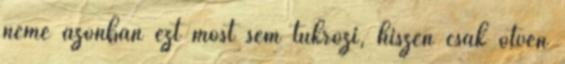
neme azonban ezt most sem tükrözi, hiszen csak ötven